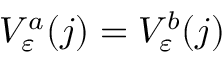
V _ { \varepsilon } ^ { a } ( j ) = V _ { \varepsilon } ^ { b } ( j )